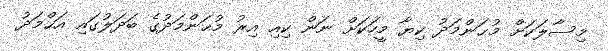
މިސާލަކަށް މުޙަންމަދު ކިޔާ މީހަކަށް ނަން ކިއި އިރު މުޙަންމަދުގެ ބަދަލުގައި އަޙްމަދު